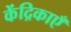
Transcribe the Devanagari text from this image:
केंद्रिकाएँ